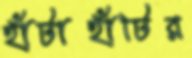
হাঁটাহাঁটির